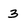
Character: 3